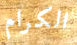
الكرام